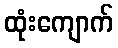
ထုံးကျောက်